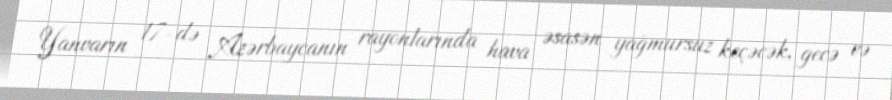
Yanvarın 17-də Azərbaycanın rayonlarında hava əsasən yağmursuz keçəcək, gecə və